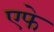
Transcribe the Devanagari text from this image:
एफे